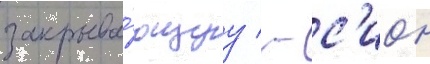
закрыва́ющуу / - с'ион